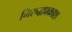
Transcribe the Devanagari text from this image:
निरुद्धप्रकाश